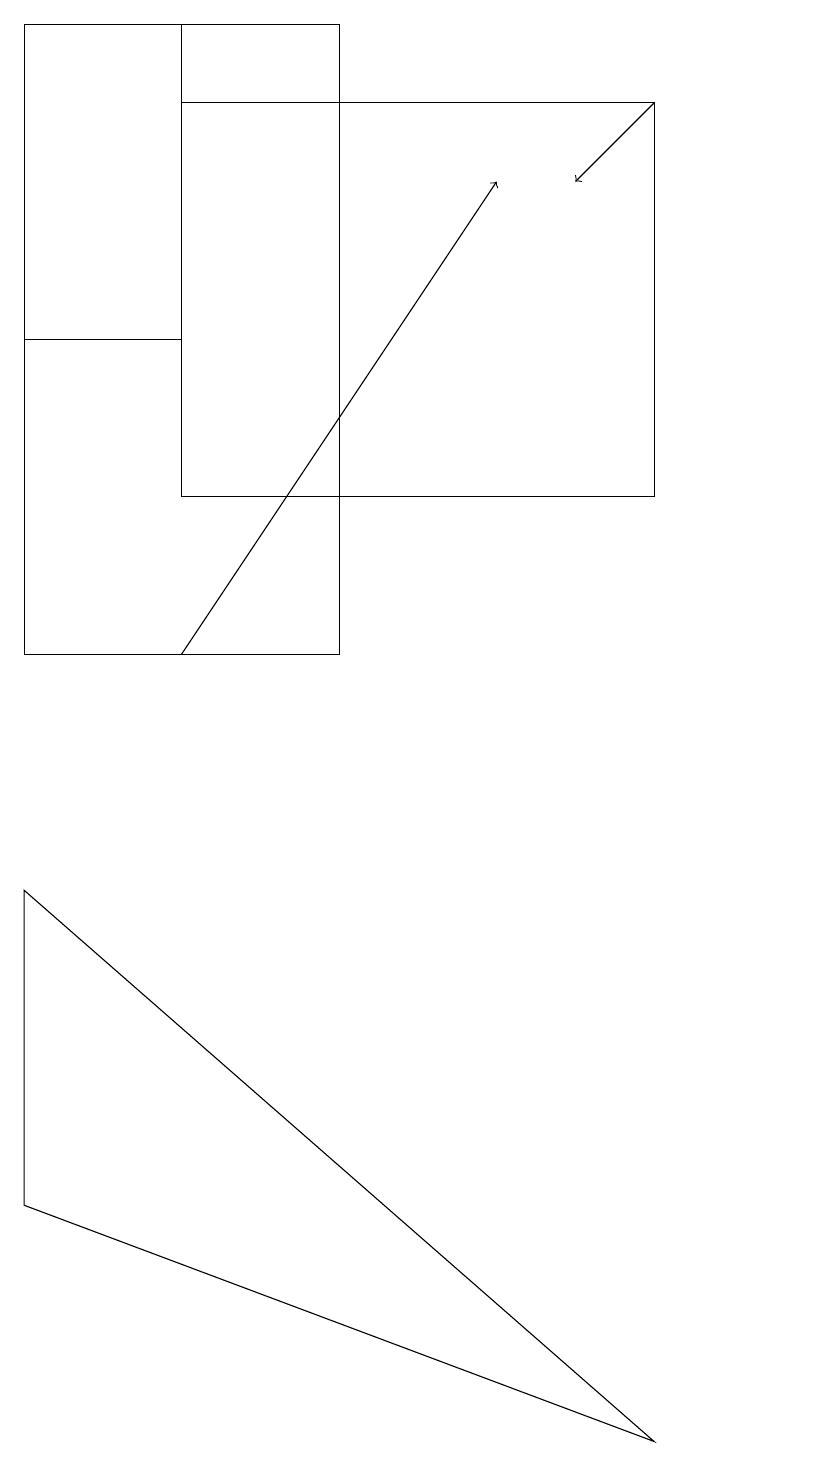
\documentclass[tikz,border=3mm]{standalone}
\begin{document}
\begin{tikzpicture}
\draw (5,11) rectangle (1,19);
\draw (11,10) circle (0);
\draw[->] (3,11) -- (7,17);
\draw (1,8) -- (1,4) -- (9,1) -- cycle;
\draw[->] (9,18) -- (8,17);
\draw (1,15) rectangle (3,19);
\draw (9,18) rectangle (3,13);
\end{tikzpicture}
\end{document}